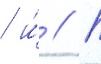
/ и́ // П